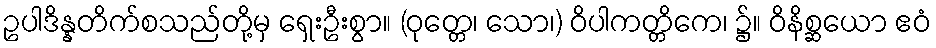
ဥပါဒိန္နတိက်စသည်တို့မှ ရှေးဦးစွာ။ (ဝုတ္တေ၊ သော၊) ဝိပါကတ္တိကေ၊ ၌။ ဝိနိစ္ဆယော ဧဝံ